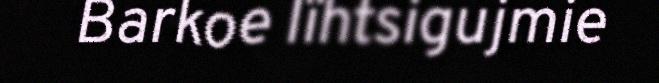
Barkoe lïhtsigujmie